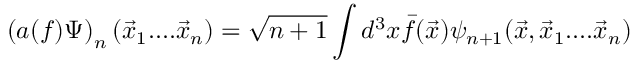
\left( a ( f ) \Psi \right) _ { n } ( \vec { x } _ { 1 } . . . . \vec { x } _ { n } ) = \sqrt { n + 1 } \int d ^ { 3 } x \bar { f } ( \vec { x } ) \psi _ { n + 1 } ( \vec { x } , \vec { x } _ { 1 } . . . . \vec { x } _ { n } )